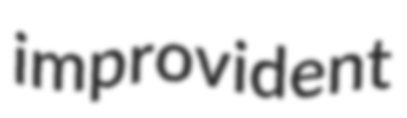
improvident